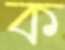
ক